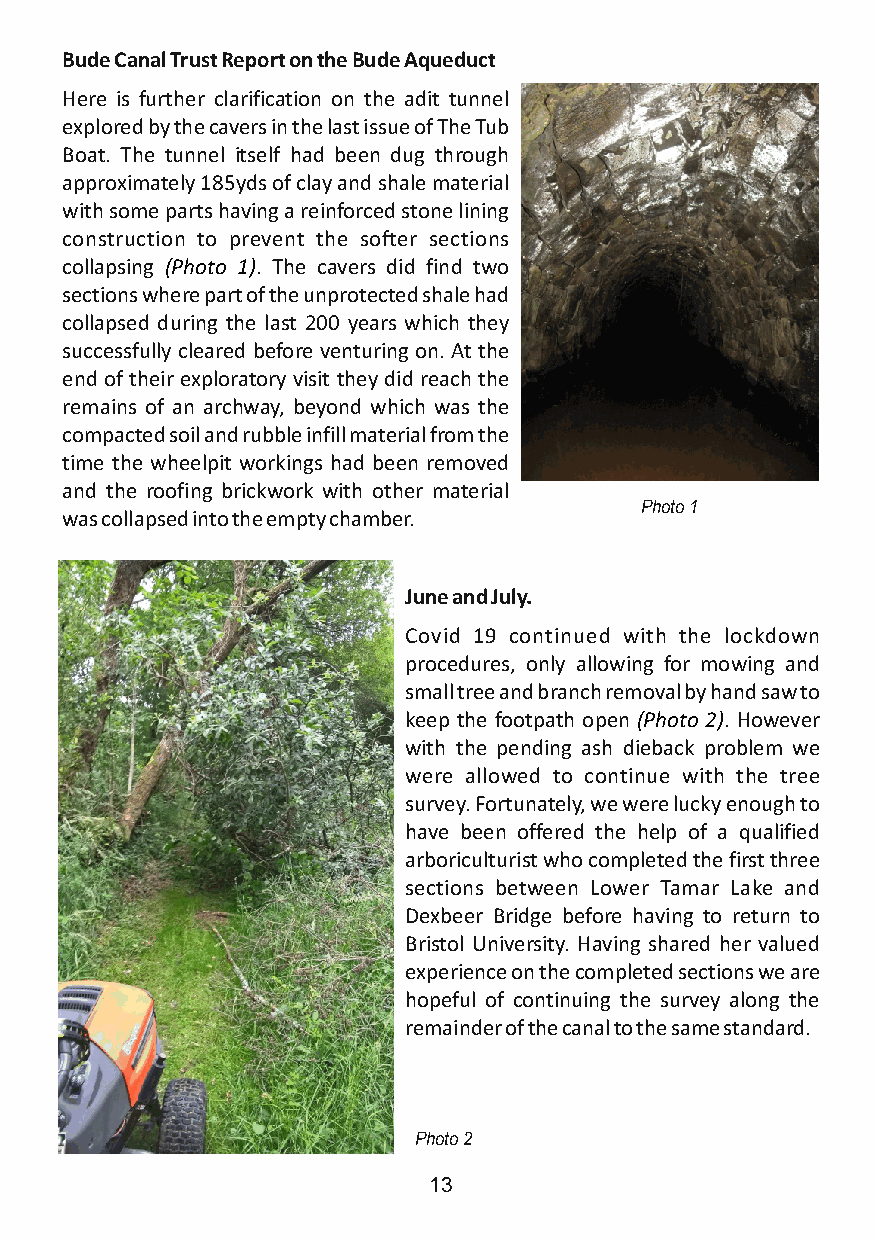
Bude Canal Trust Report on the Bude Aqueduct
 Here is further clarification on the adit tunnel
 explored by the cavers in the last issue of The Tub
 Boat. The tunnel itself had been dug through
 approximately 185yds of clay and shale material
 with some parts having a reinforced stone lining
 construction to prevent the softer sections
 collapsing (Photo 1). The cavers did find two
 sections where part of the unprotected shale had
 collapsed during the last 200 years which they
 successfully cleared before venturing on. At the
 end of their exploratory visit they did reach the
 remains of an archway, beyond which was the
 compacted soil and rubble infill material from the
 time the wheelpit workings had been removed
 and the roofing brickwork with other material
 Photo 1
 was collapsed into the empty chamber.
 June and July.
 Covid 19 continued with the lockdown
 procedures, only allowing for mowing and
 small tree and branch removal by hand saw to
 keep the footpath open (Photo 2). However
 with the pending ash dieback problem we
 were allowed to continue with the tree
 survey. Fortunately, we were lucky enough to
 have been offered the help of a qualified
 arboriculturist who completed the first three
 sections between Lower Tamar Lake and
 Dexbeer Bridge before having to return to
 Bristol University. Having shared her valued
 experience on the completed sections we are
 hopeful of continuing the survey along the
 remainder of the canal to the same standard.
 Photo 2
 13